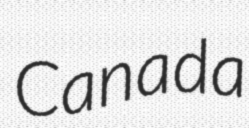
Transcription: Canada